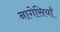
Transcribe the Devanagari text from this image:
नागेसियाँ